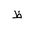
Letter: _za